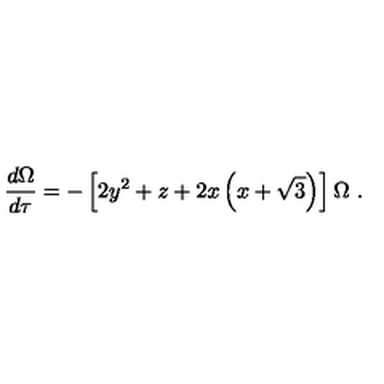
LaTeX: \frac { d \Omega } { d \tau } = - \left[ 2 y ^ { 2 } + z + 2 x \left( x + \sqrt { 3 } \right) \right] \Omega \ .